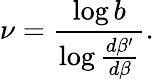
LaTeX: \nu=\frac{\log b}{\log\frac{d\beta^{\prime}}{d\beta}}.